Annual statistical returns and brief notes on vaccination in Bengal - 1896-1909
Year: 1896
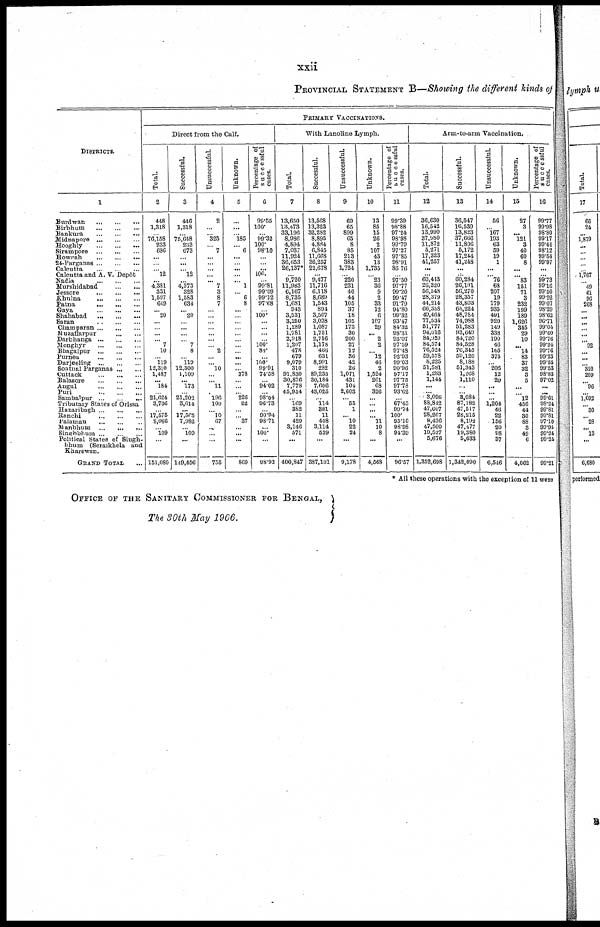
xxii
PROVINCIAL STATEMENT B—Showing the different kinds of
DISTRICTS.
1
Burdwan
...
...
...
Birbhum
...
...
Bankura
...
...
...
Midnapore
...
...
...
Hooghly
...
...
...
Sirampore
...
...
...
Howrah
...
...
...
24-Parganas
...
...
...
Calcutta
...
...
...
Calcutta and A. V. Depôt
Nadia
...
...
...
Murshidabad
...
...
Jessore
...
...
...
Khulna
...
...
...
Patna
...
...
...
Gaya
...
...
...
Shahabad
...
...
...
Saran
...
...
...
Champaran
...
...
...
Muzaffarpur
...
...
...
Darbhanga
...
...
...
Monghyr
...
...
...
Bhagalpur
...
...
...
Purnea
...
...
...
Darjeeling
...
...
...
Sonthal Parganas
...
...
Cuttack
...
...
...
Balasore
...
...
...
Angul
...
...
...
Puri ... ... ...
Sambalpur
...
...
...
Tributary States of Orissa
Hazaribagh
...
...
...
Ranchi
...
...
...
Palamau ... ... ...
Manbhum
...
...
...
Singhbhum
...
...
...
Political Stales of Singh-
bhum (Seraikhela and
Kharswan.
GRAND TOTAL ...
PRIMARY VACCINATIONS.
Direct from the Calf.
Total.
2
448
1,318
...
76,158
233
686
...
...
...
12
...
4,381
331
1,597
649
... 20
...
...
...
...
7
10
...
119
12,310
1,487
... 184
...
21,624
3,736
...
17,575
8,086
...
109
...
151,080
Successful.
3
446
1,318
...
75,648
233
673
...
...
... 12
...
4,373
328
1,583
634
...
20
...
...
...
...
7
8
...
119
12,300
1,109
... 173
...
21,202
3,614
...
17,565
7,982
...
100
...
149,456
Unsuccessful.
4
2
...
...
325
...
7
...
...
...
...
...
7
3
8
7
...
...
...
...
...
...
...
2
...
...
10
...
...
11
...
196
100
...
10
67
...
...
...
755
Unknown.
5
...
...
...
185
...
6
...
...
...
...
... 1
...
6
8
...
...
...
...
...
...
...
...
...
...
...
378
...
...
...
226
22
...
...
37
...
...
...
869
Percentage of
successtul
cases.
6
99.55
100.
...
99.32
100.
98.10
...
...
...
100.
...
99.81
99.09
99.12
97.68
...
100.
...
...
...
...
100.
80.
...
100.
99.91
74.58
...
94.02
...
98.04
96.73
...
99.94
98.71
...
100.
...
98.92
With Lanolins Lymph.
Total.
7
13,650
13,473
33,196
8,986
4,894
7,037
11,924
36,653
26,137*
...
9,720
11,983
6,167
8,735
1,681
943
3,531
3,250
1,289
1,781
2,918
1,207
478
679
9,079
310
91,830
30,876
7,778
45,954
...
169
382
11
429
3,146
571
...
400,847
Successful.
8
13,568
13,323
32,282
8,895
4,884
6,845
11,668
36,257
22,678
...
9,477
11,716
6,118
8,689
1,543
894
3,507
3,038
1,087
1,751
2,716
1,178
466
631
8,991
282
89,235
30,184
7,606
43,025
...
114
381
11
408
3,114
539
...
387,101
Unsuccessful.
9
69
65
899
65
8
85
213
383
1,724
...
220
231
40
44
105
37
18
105
173
30
200
27
12
36
42
26
1,071
431
104
2,603
...
55
1
... 10
22
24
...
9,178
Unknown.
10
13
85
15
26
2
107
43
13
1,735
...
23
36
9
2
33
12
6
107
29
... 2
2
... 12
46
2
1,524
261
68
326
...
...
...
... 11
10
8
...
4,568
Percentage of
successful
cases.
11
99.39
98.88
97.24
98.98
99.79
97.27
97.85
98.91
86.76
...
97.50
97.77
99.20
99.47
91.79
94.80
99.32
93.47
84.32
98.31
93.07
97.59
97.48
92.93
99.03
90.96
97.17
97.75
97.78
93.62
...
67.45
99.74
100.
95.10
98.98
94.39
...
96.57
Arm-to-arm Vaccination.
Total.
12
36,630
16,542
13,990
37,980
11,872
5,271
17,323
41,257
...
...
60,443
26,320
56,548
28,379
44,214
66,358
49,464
77,534
51,777
94,016
84,920
84,574
76,524
59,578
8,225
51,581
1,283
1,144
...
...
3,096
88,812
47,607
28,267
8,436
47,500
10,527
5,676
1,352,698
Successful.
13
36,547
16,539
13,823
37,666
11,806
5,172
17,244
41,248
...
...
60,284
26,101
56,270
28,357
43,803
65,224
48,784
74,988
51,283
93,649
84,720
84,528
76,345
59,120
8,188
51,343
1,268
1,110
...
...
3,084
87,182
47,517
28,215
8,192
47,477
19,380
5,633
1,342,090
Unsuccessful.
14
56
...
167
193
63
59
19
1
...
... 76
68
207
19
179
935
491
920
149
338
190
46
165
375
...
206
12
29
...
...
...
1,204
46
22
156
20
98
37
6,546
Unknown.
15
27
3
... 121
3
40
60
8
... ...
83
151
71
3
232
199
189
1,626
345
29
10
...
14
83
37
32
3
5
...
...
12
456
44
30
88
3
49
6
4,062
Percentage of
Successful
cases.
16
99.77
99.98
98.80
99.17
99.44
98.12
99.54
99.97
...
...
99.73
99.16
99.50
99.92
99.07
98.29
98.62
96.71
99.04
99.60
99.76
99.94
99.76
99.23
99.55
99.53
98.83
97.02
...
...
99.61
98.24
99.81
99.81
97.10
99.95
99.24
99.24
99.21
* All these operations with the exception of 11 were
OFFICE OF THE SANITARY COMMISSIONER FOR BENGAL,
The 30th May 1906.